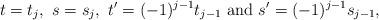
LaTeX: \begin{align*} t = t_j,\ s = s_j,\ t' = (-1)^{j - 1} t_{j - 1} \textrm{ and } s' = (-1)^{j - 1} s_{j - 1}, \end{align*}